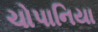
ચોપાનિયા